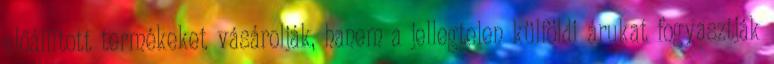
előállított termékeket vásárolják, hanem a jellegtelen külföldi árukat fogyasztják